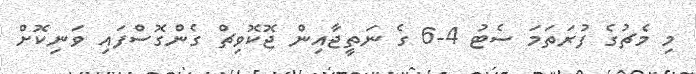
މި މެޗުގެ ފުރަތަމަ ސެޓު 4-6 ގެ ނަތީޖާއިން ޖޮކޮވިޗް ގެންގޮސްފައި ވަނިކޮށް